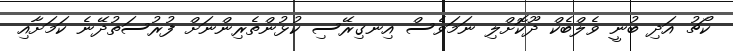
ކޯޗު އަދި ބުނީ ވެލްބެކް ދޫކޮށްލި ނަމަވެސް އިނގިރޭސި ކުޅުންތެރިންނަށް ފުރުސަތުދޭނެ ކަމަށާއި